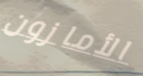
الأمازون